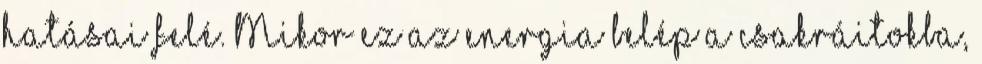
hatásai felé. Mikor ez az energia belép a csakráitokba,